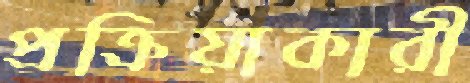
প্রক্রিয়াকারী